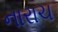
નારાચ